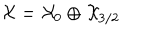
LaTeX: { \cal X } = { \cal X } _ { 0 } \oplus { \cal X } _ { 3 / 2 }